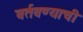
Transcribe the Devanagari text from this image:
वर्तवण्याची